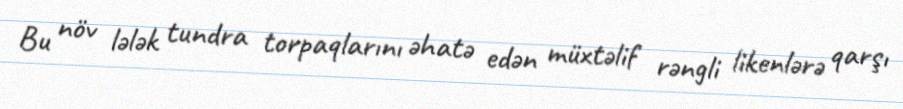
Bu növ lələk tundra torpaqlarını əhatə edən müxtəlif rəngli likenlərə qarşı